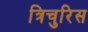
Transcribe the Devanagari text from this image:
त्रिचुरिस